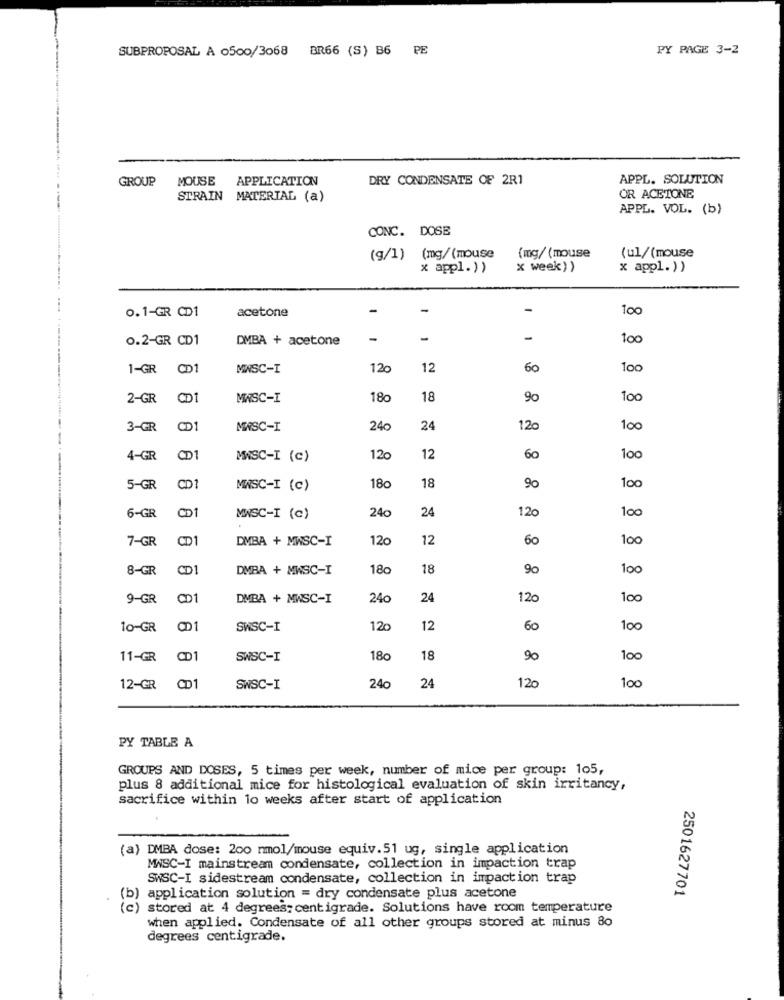
SUBPROPOSAL A 0500/3068 BR66 (S) B6 PE
PY PAGE 3-2
GROUP
MOUSE APPLICATION
DRY CONDENSATE OF 2R1
APPL. SOLUTION
STRAIN MATERIAL (a)
OR ACETONE
APPL. VOL. (b)
CONC. DOSE
(ul/(mouse
(g/1) (mg/(mouse
(mg/ (mouse
x appl.))
x week))
x appl.) )
0.1-GR CD1
acetone
-
-
-
100
0.2-GR CD1
DMBA + acetone
-
-
-
100
1-GR CD1
MINSC-I
120
12
60
100
2-GR CD1
MASC-I
180
18
3-GR
CD1
MWSC-I
240
24
120
100
60
4-GR
CD1
MNSC-I (c)
120
12
100
5-GR
CD1
MASC-I (c)
18
90
100
6-GR
CD1
240
24
120
100
MASC-I (c)
7-GR
CD
DMBA + MWSC-I
120
12
60
100
8-GR
CD1
DMBA + MWSC-I
180
18
100
9-GR
CD1
DMBA + MWSC-I
24c
24
120
100
10-GR
C1
SWSC-I
12c
12
60
100
11-GR
CD1
SWSC-I
180
18
90
100
100
12-GR
CD1
SWSC-I
24c
24
120
PY TABLE A
GROUPS AND DOSES, 5 times per week, number of mice per group: 105,
plus 8 additional mice for histological evaluation of skin irritancy,
sacrifice within 10 weeks after start of application
(a) DMBA dose: 200 nmol/mouse equiv.51 ug, single application
MASC-I mainstream condensate, collection in impaction trap
SWSC-I sidestream condensate, collection in impaction trap
2501627701
(b) application solution = dry condensate plus acetone
(c) stored at 4 degrees centigrade. Solutions have room temperature
when applied. Condensate of all other groups stored at minus 80
degrees centigrade.